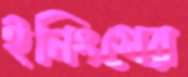
ইনিংসের